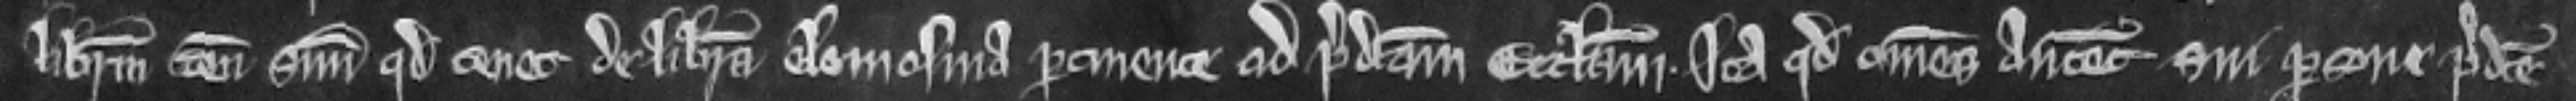
liberum tenementum suum quod tenet de libera elemosina pertinente ad predictam ecclesiam. Ita quod omnes antecessores sui persone predicte